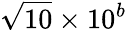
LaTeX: {\sqrt{10}}\times 10^{b}